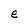
Character: e